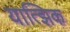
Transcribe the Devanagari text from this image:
यात्झिक